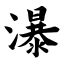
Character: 瀑